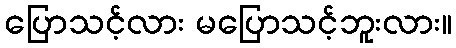
ပြောသင့်လား မပြောသင့်ဘူးလား။